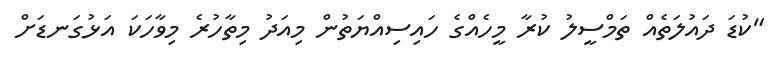
"ކުޑަ ދައުލަތެއް ތަމްސީލު ކުރާ މީހެއްގެ ހައިސިއްޔަތުން މިއަދު މިތާހުރެ މިވާހަކަ އަޅުގަނޑަށް